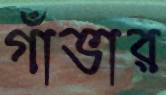
গাঁভার